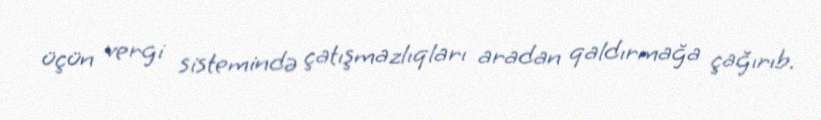
üçün vergi sistemində çatışmazlıqları aradan qaldırmağa çağırıb.